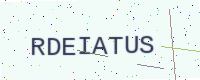
Text: RDEIATUS